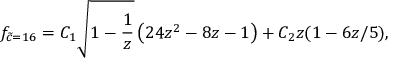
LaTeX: f _ { \widetilde c = 1 6 } = C _ { 1 } \sqrt { 1 - \frac { 1 } { z } } \left( 2 4 z ^ { 2 } - 8 z - 1 \right) + C _ { 2 } z ( 1 - 6 z / 5 ) ,